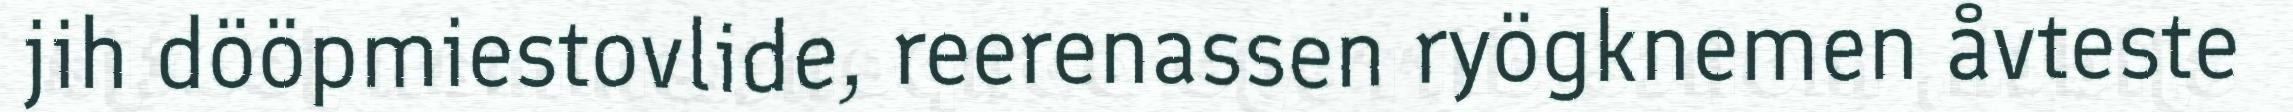
jih dööpmiestovlide, reerenassen ryögknemen åvteste